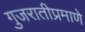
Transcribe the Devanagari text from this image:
गुजरातीप्रमाणे